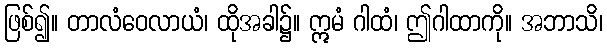
ဖြစ်၍။ တာလံဝေလာယံ၊ ထိုအခါ၌။ ဣမံ ဂါထံ၊ ဤဂါထာကို။ အဘာသိ၊